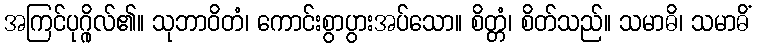
အကြင်ပုဂ္ဂိုလ်၏။ သုဘာဝိတံ၊ ကောင်းစွာပွားအပ်သော။ စိတ္တံ၊ စိတ်သည်။ သမာဓိ၊ သမာဓိံ